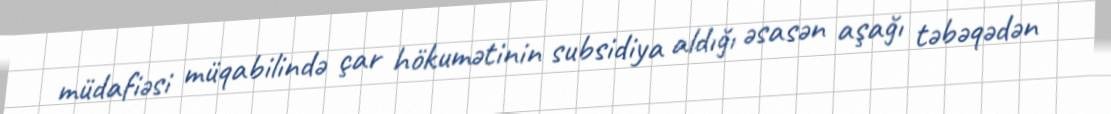
müdafiəsi müqabilində çar hökumətinin subsidiya aldığı əsasən aşağı təbəqədən